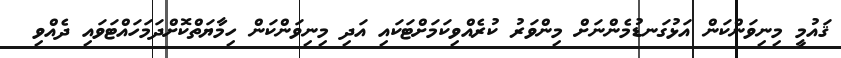
ޤައުމީ މިނިވަންކަން އަޅުގަނޑުމެންނަށް މިންވަރު ކުރެއްވިކަމަށްޓަކައި އަދި މިނިވަންކަން ހިމާޔަތްކޮށްދަމަހައްޓަވައި ދެއްވި